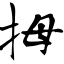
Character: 拇